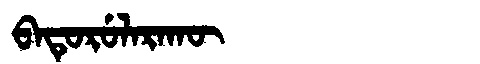
Manchu: ᠪᠠᡨᡠᡵᡠᠯᠠᡵᠠᡴᡡ
Romanization: BATURULARAKŪ